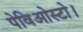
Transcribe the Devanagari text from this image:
पेविओस्टो।